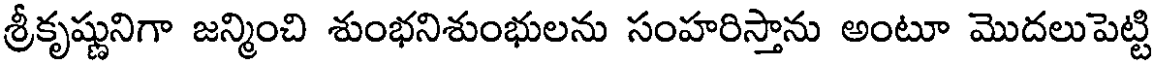
శ్రీకృష్ణునిగా జన్మించి శుంభనిశుంభులను సంహరిస్తాను అంటూ మొదలుపెట్టి